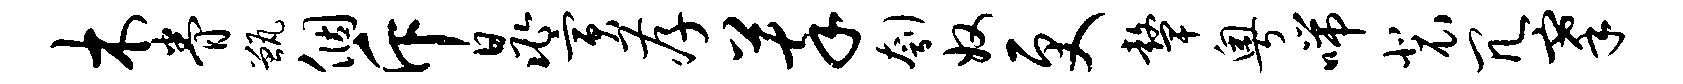
木眷甑个斥晁寅孝萃刳奴更鼙粤喘裴冗搴